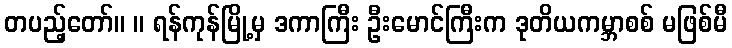
တပည့်တော်။ ။ ရန်ကုန်မြို့မှ ဒကာကြီး ဦးမောင်ကြီးက ဒုတိယကမ္ဘာစစ် မဖြစ်မီ